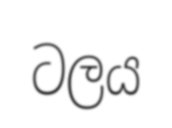
ටලය